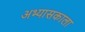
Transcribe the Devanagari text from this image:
अभ्यासकाला